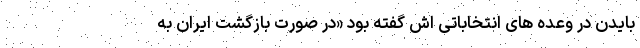
بایدن در وعده های انتخاباتی اش گفته بود «در صورت بازگشت ایران به